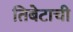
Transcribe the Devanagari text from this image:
तिबेटाची